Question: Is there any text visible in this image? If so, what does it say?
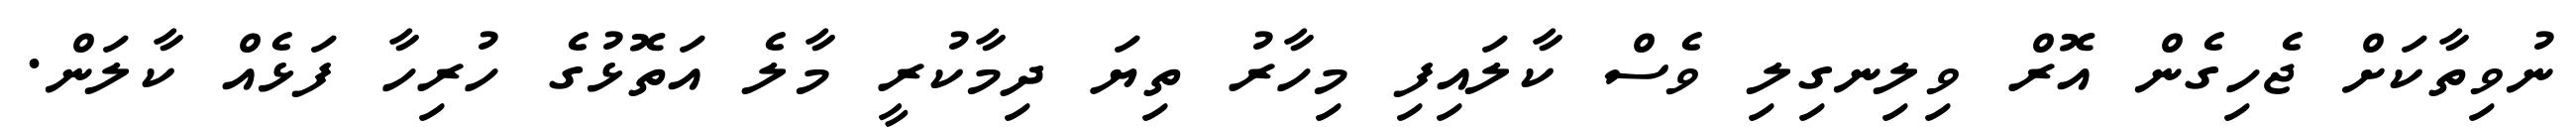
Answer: ނުވިތާކަށް ޖެހިގެން އޮރް ވިލިނގިލި ވެސް ކާލައިފި މިހާރު ތިޔަ ދިމާކުރީ މާލެ އަތޮޅުގެ ހުރިހާ ފަޅެއް ކާލަން.